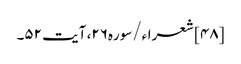
[۴۸] شعراء/سوره۲۶، آیت ۵۲۔